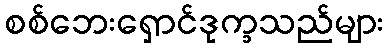
စစ်ဘေးရှောင်ဒုက္ခသည်များ